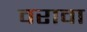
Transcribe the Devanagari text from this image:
वरावा